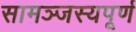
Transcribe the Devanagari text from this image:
सामञ्जस्यपूर्ण